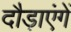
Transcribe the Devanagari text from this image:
दौड़ाएंगें